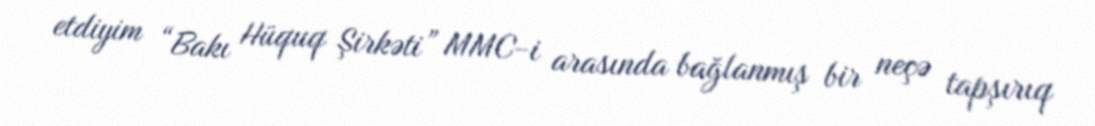
etdiyim “Bakı Hüquq Şirkəti” MMC-i arasında bağlanmış bir neçə tapşırıq